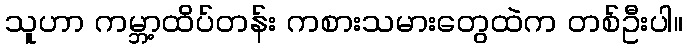
သူဟာ ကမ္ဘာ့ထိပ်တန်း ကစားသမားတွေထဲက တစ်ဦးပါ။